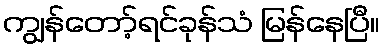
ကျွန်တော့်ရင်ခုန်သံ မြန်နေပြီ။